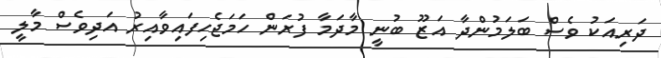
ދަރިއަކު ވެސް ބަލަމުންދާ އަޒޫ ބުނީ މާދަމާ ފުރަން ހަމަޖެހިފައިވާއިރު އަދިވެސް މާލީ